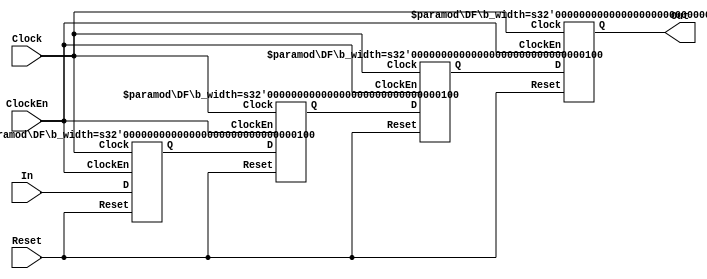
//Pipeline Register
/* Portlist
PipeReg #(.b_width(),.depth()) preg
	(.Clock(Clock),.Reset(Reset),.ClockEn(),.In(),.Out());
*/

module PipeReg
#(
	////////////////////////////////////////////////////
	// Parameters
	parameter b_width = 4,
	parameter depth = 4
)
(
	////////////////////////////////////////////////////
	// Ports
	input Clock,Reset,ClockEn,
	input [b_width-1:0] In,
	output [b_width-1:0] Out
);
	////////////////////////////////////////////////////
	// Net
	wire [b_width-1:0] wQ [0:depth];
	assign wQ[0]	= In;
	assign Out		= wQ[depth];
	
	////////////////////////////////////////////////////
	// Instantiation(s)

	generate 
		genvar i;
		for (i=0;i<depth;i=i+1) begin :df
			DF #(.b_width(b_width)) 
			dflip(.Clock(Clock),.ClockEn(ClockEn),.Reset(Reset),.D(wQ[i]),.Q(wQ[i+1]));
		end
	endgenerate
endmodule 

// D-FlipFlop
`ifndef DF
`define DF
module DF #(
	parameter b_width = 4
)
(
	input Clock,ClockEn,Reset,
	input [b_width-1:0] D,
	output reg [b_width-1:0] Q
);
	always@(posedge Reset or posedge Clock) begin
		if(Reset)
			Q	<= 1'b0;
		else if(ClockEn)
			Q	<= D;
	end	
endmodule 
`endif